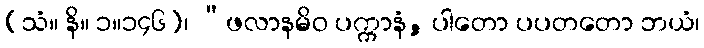
(သံ။ နိ။ ၁။၁၄၆)၊ “ဖလာနမိဝ ပက္ကာနံ, ပါတော ပပတတော ဘယံ၊